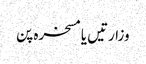
وزارتیں یا مسخرہ پن